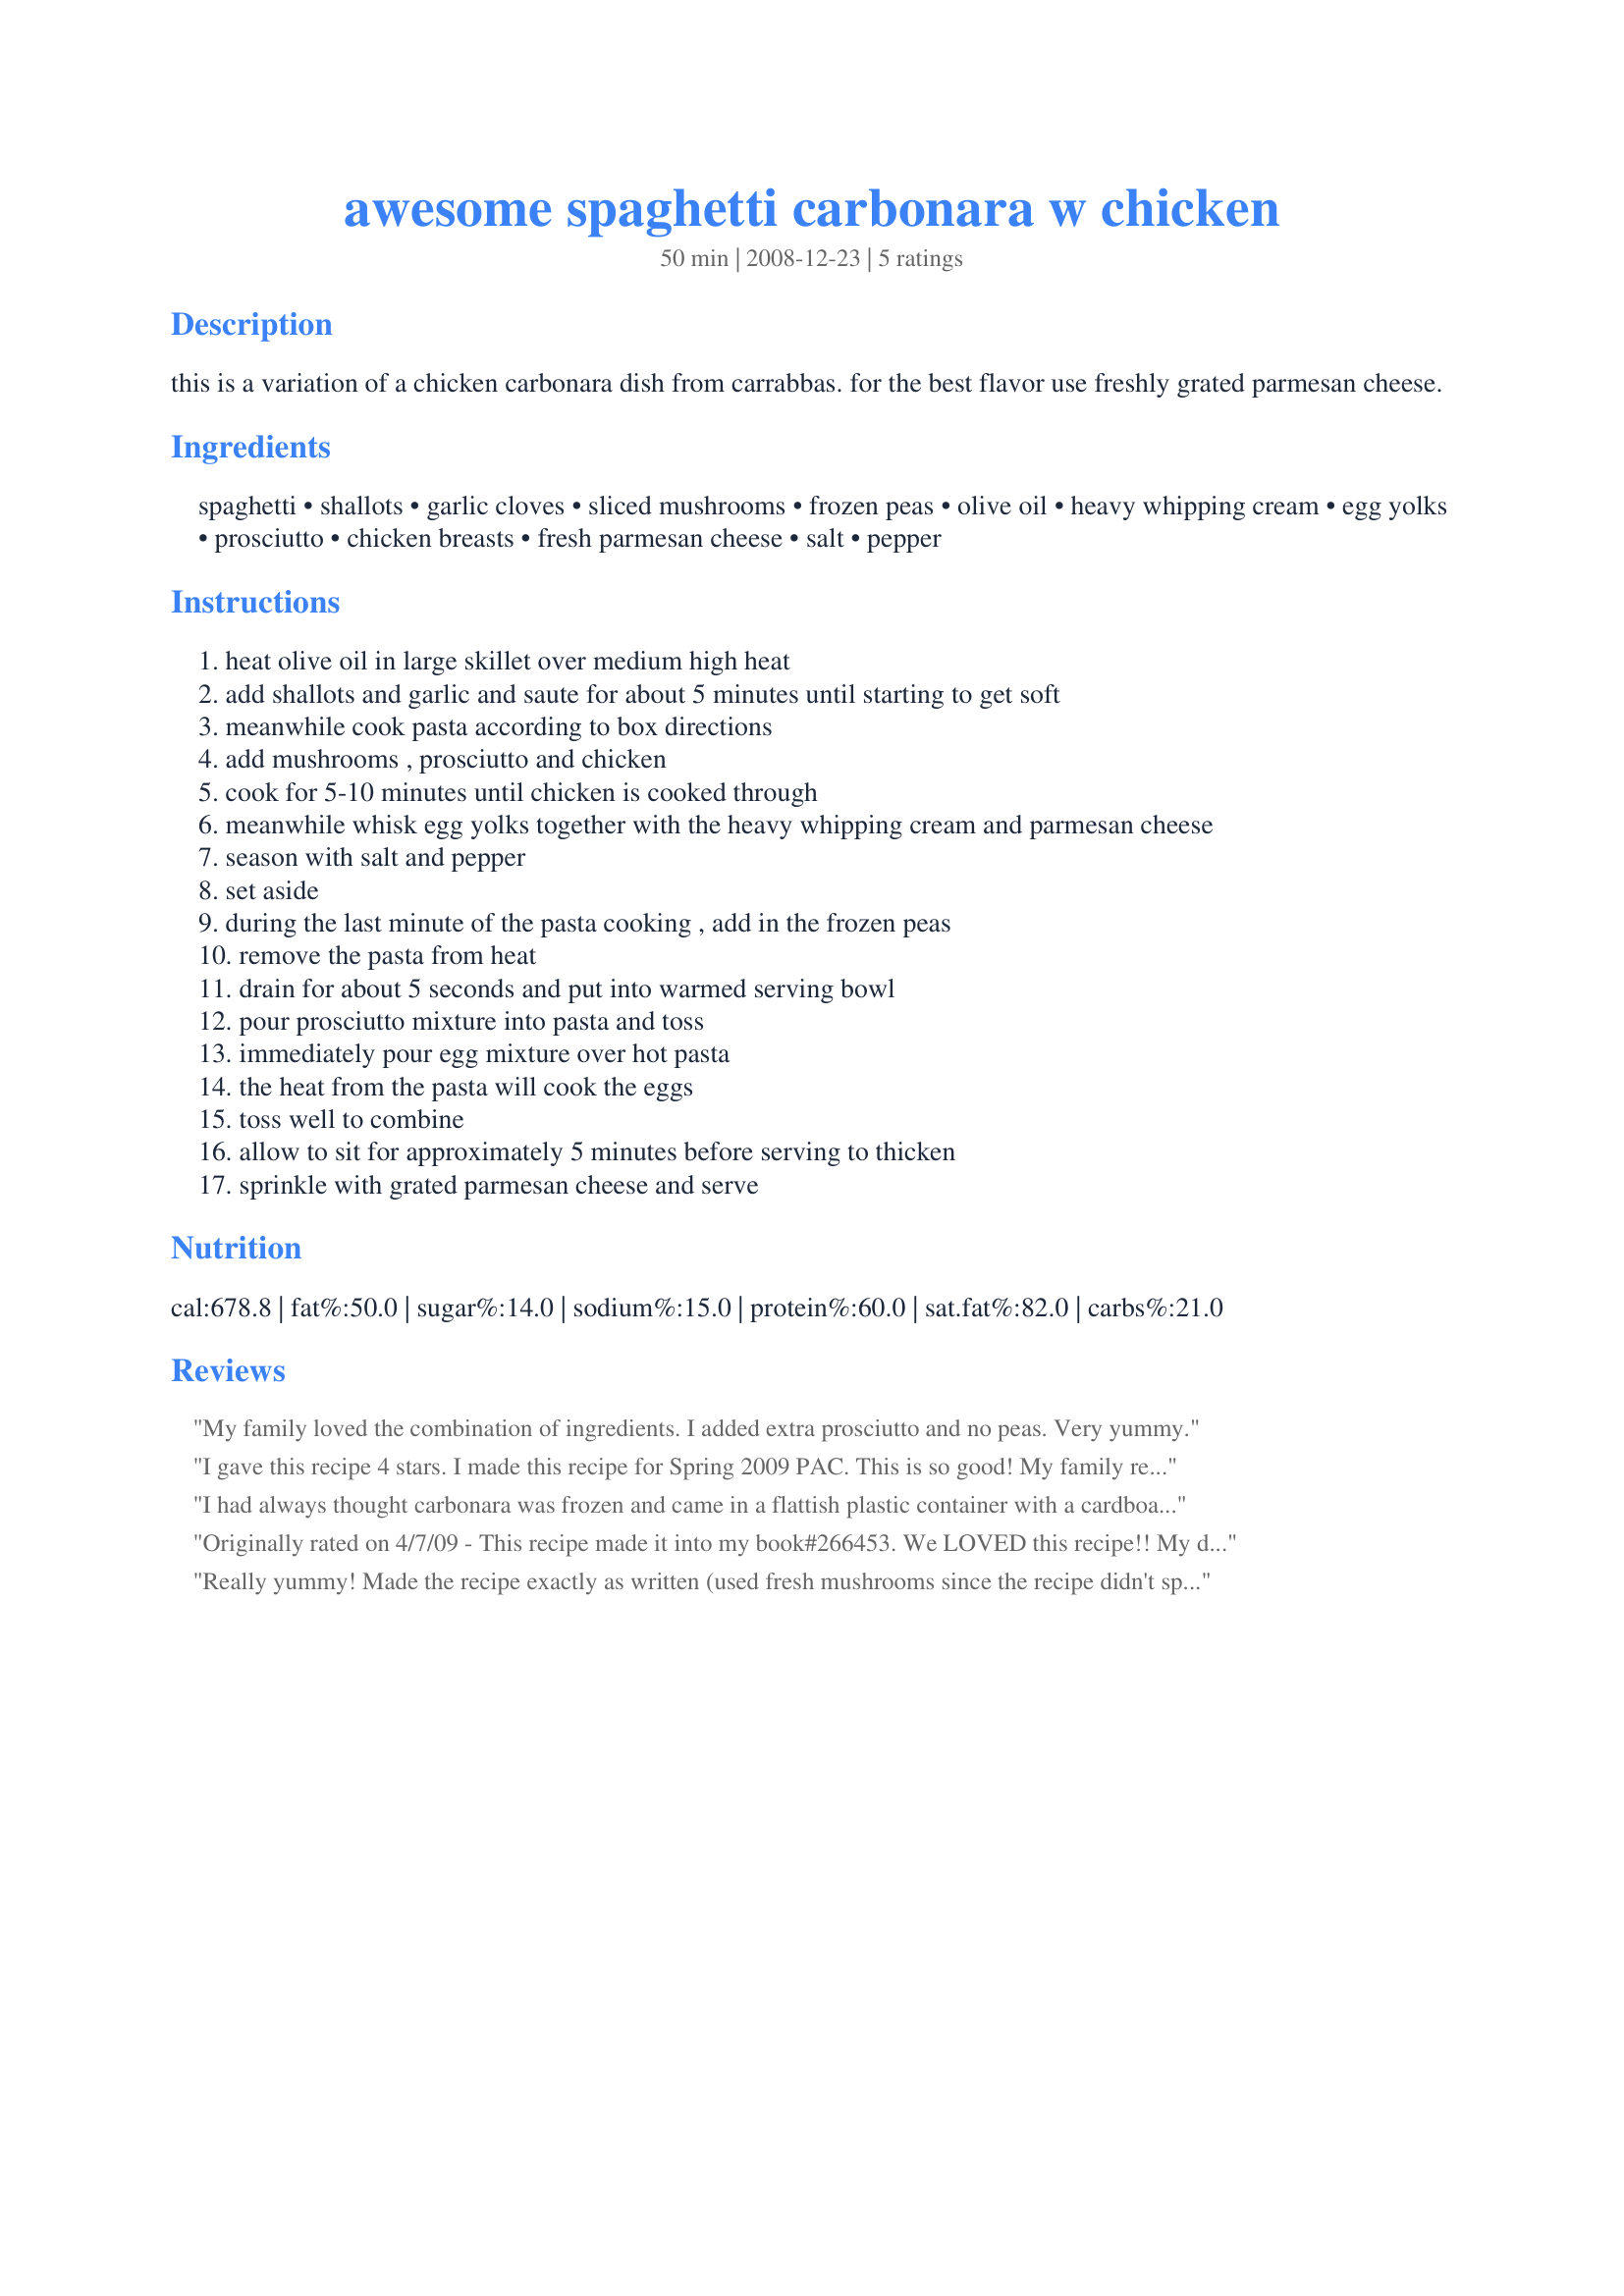
awesome spaghetti carbonara w chicken
Preparation time: 50 minutes

this is a variation of a chicken carbonara dish from carrabbas. for the best flavor use freshly grated parmesan cheese.

Ingredients:
spaghetti, shallots, garlic cloves, sliced mushrooms, frozen peas, olive oil, heavy whipping cream, egg yolks, prosciutto, chicken breasts, fresh parmesan cheese, salt, pepper

Steps:
heat olive oil in large skillet over medium high heat
add shallots and garlic and saute for about 5 minutes until starting to get soft
meanwhile cook pasta according to box directions
add mushrooms , prosciutto and chicken
cook for 5-10 minutes until chicken is cooked through
meanwhile whisk egg yolks together with the heavy whipping cream and parmesan cheese
season with salt and pepper
set aside
during the last minute of the pasta cooking , add in the frozen peas
remove the pasta from heat
drain for about 5 seconds and put into warmed serving bowl
pour prosciutto mixture into pasta and toss
immediately pour egg mixture over hot pasta
the heat from the pasta will cook the eggs
toss well to combine
allow to sit for approximately 5 minutes before serving to thicken
sprinkle with grated parmesan cheese and serve

Reviews:
My family loved the combination of ingredients. I added extra prosciutto and no peas. Very yummy.
I gave this recipe 4 stars. I made this recipe for Spring 2009 PAC. This is so good! My family really liked this dish even my picky 6 yr old newphew and 7 yr old niece said how good it was. This was very easy to make. I did make a few minor changes to the recipe. The only changes I made to this recipe was to use Canola oil for Olive oil, chicken tenders instead of breasts, canned parmesan cheese and to mix everything together at the end and cook it a little to ensure the eggs were cooked. As to the mushrooms I used canned as it doesn't say if fresh or canned is to be used. As for the Prosciutto I used some from the Deli as I was unsure what to use and I sliced it in bite size strips. Overall I will make this recipe again for sure! Thanks for posting a great recipe! Christine (internetnut)
I had always thought carbonara was frozen and came in a flattish plastic container with a cardboard top that's to be peeled away 1" from the corner before microwaving. Made for Mediterranean Photo Tag. (Man, I forgot the peas.)
Originally rated on 4/7/09 - This recipe made it into my book#266453. We LOVED this recipe!! My daughter's favorite meal is pasta carbonara, but my husband always feels cheated because there isn't much meat. This is the perfect compromise! I only made one change to the recipe, due to our personal preferences. I started the recipe off by frying up about 8 oz. of regular bacon (cut into bite-sized pieces), then adding the garlic, shallots and proceeding with the recipe. We enjoy the flavor of bacon more than prosciutto. The outcome was sooooooooooooo delicious. I loved the addition of peas and chicken, which really made this a complete meal. Fantastic. Simple. Delicious. 10 stars, if I could. ~Made for Spring 2009 Pick-A-Chef~
Really yummy! Made the recipe exactly as written (used fresh mushrooms since the recipe didn't specify). My whole family enjoyed it. I will be making it again soon.
